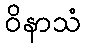
ဝိနာသံ